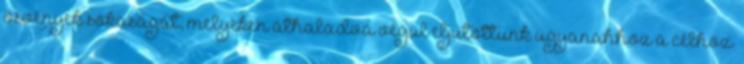
ösvények sokaságát, melyeken áthaladva végül eljutottunk ugyanahhoz a célhoz.